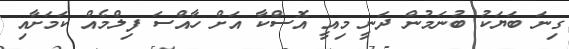
ގިނަ ބަޔަކު ބުނަމުން ދަނީ މިއީ އޮސްކާ އަށް ހާއްސަ ފިލްމެއް ކަމަށާއި